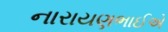
નારાયણભાઈએ